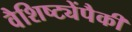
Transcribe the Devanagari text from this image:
वैशिष्ट्येंपैकी